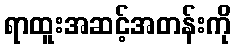
ရာထူးအဆင့်အတန်းကို